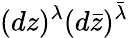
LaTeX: (dz)^{\lambda}(d\bar{z})^{\bar{\lambda}}